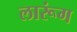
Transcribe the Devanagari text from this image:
लारूंग